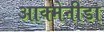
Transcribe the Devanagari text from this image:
आक्मेनीडा